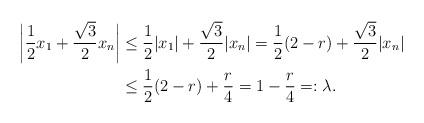
LaTeX: \begin{align*}\bigg| \frac{1}{2}x_1+ \frac{\sqrt{3}}{2}x_n \bigg| & \leq \frac{1}{2}|x_1|+ \frac{\sqrt{3}}{2} |x_n| = \frac{1}{2}(2-r)+ \frac{\sqrt{3}}{2}|x_n| \\& \leq \frac{1}{2}(2-r)+ \frac{r}{4}= 1- \frac{r}{4}=: \lambda. \end{align*}